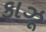
કાઝૂ